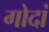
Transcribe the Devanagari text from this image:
गोदां